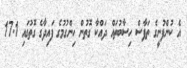
އެ ކުންފުނީގެ ތަފާސް ހިސާބުތައް ދައްކާ ގޮތުން ހިންގުމުގެ ފައިދާގެ ގޮތުގައި 17.1